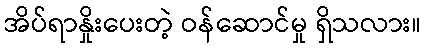
အိပ်ရာနှိုးပေးတဲ့ ဝန်ဆောင်မှု ရှိသလား။